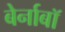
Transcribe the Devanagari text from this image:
बेर्नाबॉ